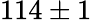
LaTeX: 114\pm 1